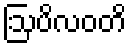
ဩပိလဝတိ